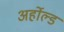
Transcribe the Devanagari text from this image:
अर्होल्ड